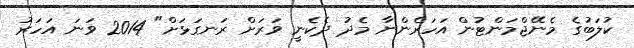
ކުލަބުގެ މެނޭޖްމަންޓުން އަހަރެންނާ މެދު ދެކެނީ ވަރަށް ރަނގަޅަށް" 2014 ވަނަ އަހަރު